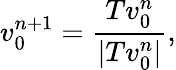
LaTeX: v_{0}^{n+1}=\frac{Tv_{0}^{n}}{|Tv_{0}^{n}|},